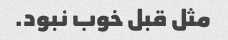
مثل قبل خوب نبود.